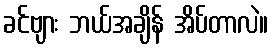
ခင်ဗျား ဘယ်အချိန် အိပ်တာလဲ။